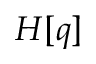
H [ q ]